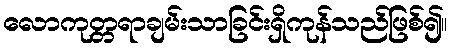
လောကုတ္တရာချမ်းသာခြင်းရှိကုန်သည်ဖြစ်၍။